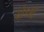
ચોકસી